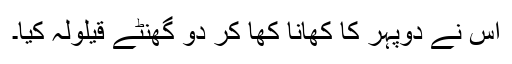
اس نے دوپہر کا کھانا کھا کر دو گھنٹے قیلولہ کیا۔